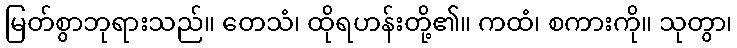
မြတ်စွာဘုရားသည်။ တေသံ၊ ထိုရဟန်းတို့၏။ ကထံ၊ စကားကို။ သုတွာ၊